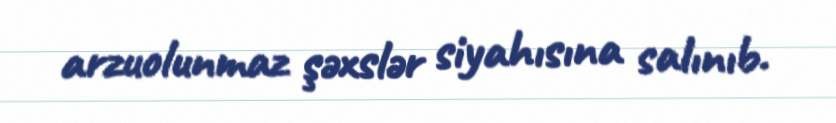
arzuolunmaz şəxslər siyahısına salınıb.